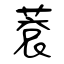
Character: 蔉